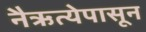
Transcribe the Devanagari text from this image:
नैऋत्येपासून